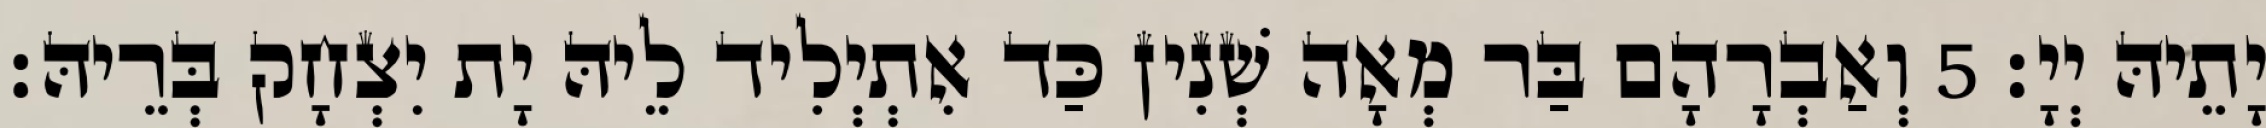
יָתֵיהּ יְיָ׃ 5 וְאַבְרָהָם בַּר מְאָה שְׁנִין כַּד אִתְיְלִיד לֵיהּ יָת יִצְחָק בְּרֵיהּ׃